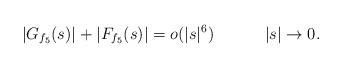
LaTeX: \begin{align*}|G_{f_5}(s)|+|F_{f_5}(s)|=o(|s|^6)\;\;\;\;\;\;\;\;\;\;\;|s|\to 0.\end{align*}